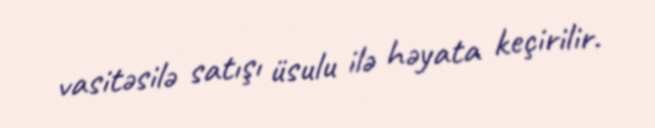
vasitəsilə satışı üsulu ilə həyata keçirilir.